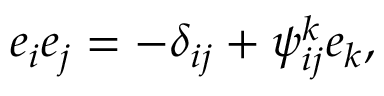
e _ { i } e _ { j } = - \delta _ { i j } + \psi _ { i j } ^ { k } e _ { k } ,